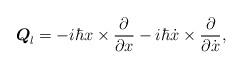
LaTeX: \begin{align*}\boldsymbol{Q}_{l}=-i\hbar x\times \frac{\partial }{\partial x}-i\hbar \dot{x }\times \frac{\partial }{\partial \dot{x}}, \end{align*}